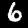
Digit: 6